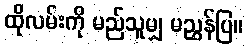
ထိုလမ်းကို မည်သူမျှ မညွှန်ပြ။